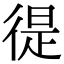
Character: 徥